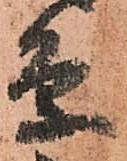
条